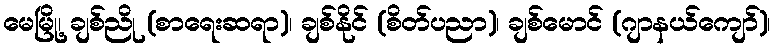
မေမြို့၊ ချစ်ညို (စာရေးဆရာ)၊ ချစ်နိုင် (စိတ်ပညာ)၊ ချစ်မောင် (ဂျာနယ်ကျော်)၊